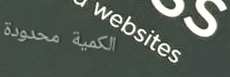
الكمية محدودة